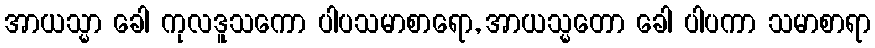
အာယသ္မာ ခေါ ကုလဒူသကော ပါပသမာစာရော, အာယသ္မတော ခေါ ပါပကာ သမာစာရာ